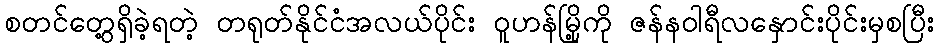
စတင်တွေ့ရှိခဲ့ရတဲ့ တရုတ်နိုင်ငံအလယ်ပိုင်း ဝူဟန်မြို့ကို ဇန်နဝါရီလနှောင်းပိုင်းမှစပြီး